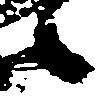
候